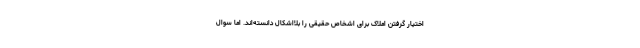
اختیار گرفتن املاک برای اشخاص حقیقی را بلااشکال دانسته‌اند. اما سوال